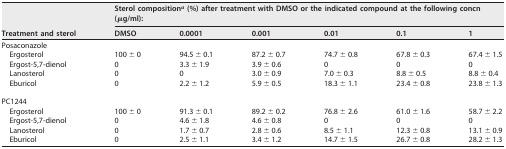
<table><thead><tr><td rowspan="2"><b>Treatment and sterol</b></td><td colspan="6"><b>Sterol composition<sup><i>a</i></sup> (%) after treatment with DMSO or the indicated compound at the following concn (μg/ml):</b></td></tr><tr><td><b>DMSO</b></td><td><b>0.0001</b></td><td><b>0.001</b></td><td><b>0.01</b></td><td><b>0.1</b></td><td><b>1</b></td></tr></thead><tbody><tr><td>Posaconazole</td><td></td><td></td><td></td><td></td><td></td><td></td></tr><tr><td>Ergosterol</td><td>100 ± 0</td><td>94.5 ± 0.1</td><td>87.2 ± 0.7</td><td>74.7 ± 0.8</td><td>67.8 ± 0.3</td><td>67.4 ± 1.5</td></tr><tr><td>Ergost-5,7-dienol</td><td>0</td><td>3.3 ± 1.9</td><td>3.9 ± 0.6</td><td>0</td><td>0</td><td>0</td></tr><tr><td>Lanosterol</td><td>0</td><td>0</td><td>3.0 ± 0.9</td><td>7.0 ± 0.3</td><td>8.8 ± 0.5</td><td>8.8 ± 0.4</td></tr><tr><td>Eburicol</td><td>0</td><td>2.2 ± 1.2</td><td>5.9 ± 0.5</td><td>18.3 ± 1.1</td><td>23.4 ± 0.8</td><td>23.8 ± 1.3</td></tr><tr><td>PC1244</td><td></td><td></td><td></td><td></td><td></td><td></td></tr><tr><td>Ergosterol</td><td>100 ± 0</td><td>91.3 ± 0.1</td><td>89.2 ± 0.2</td><td>76.8 ± 2.6</td><td>61.0 ± 1.6</td><td>58.7 ± 2.2</td></tr><tr><td>Ergost-5,7-dienol</td><td>0</td><td>4.6 ± 1.8</td><td>4.6 ± 0.8</td><td>0</td><td>0</td><td>0</td></tr><tr><td>Lanosterol</td><td>0</td><td>1.7 ± 0.7</td><td>2.8 ± 0.6</td><td>8.5 ± 1.1</td><td>12.3 ± 0.8</td><td>13.1 ± 0.9</td></tr><tr><td>Eburicol</td><td>0</td><td>2.5 ± 1.1</td><td>3.4 ± 1.2</td><td>14.7 ± 1.5</td><td>26.7 ± 0.8</td><td>28.2 ± 1.3</td></tr></tbody></table>